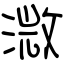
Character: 溦